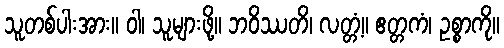
သူတစ်ပါးအား။ ဝါ၊ သူများဖို့။ ဘဝိဿတိ၊ လတ္တံ့။ ဧတ္တကံ၊ ဥစ္စာကို။